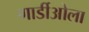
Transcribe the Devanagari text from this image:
गार्डीओला